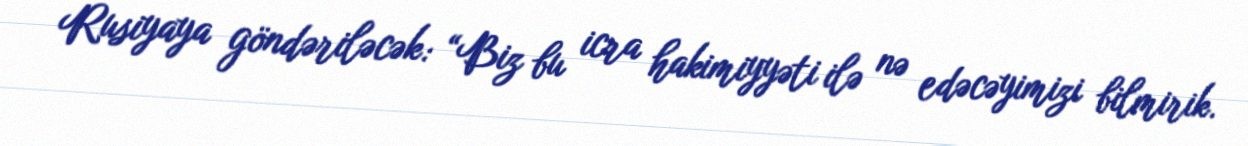
Rusiyaya göndəriləcək: “Biz bu icra hakimiyyəti ilə nə edəcəyimizi bilmirik.